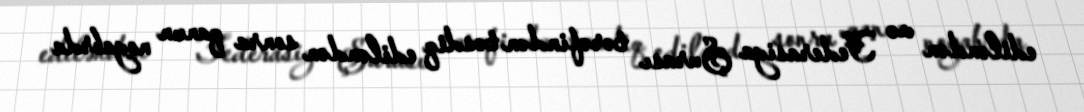
ediləndən və Federasiya Şurası tərəfindən təsdiq ediləndən sonra qanun noyabrda